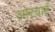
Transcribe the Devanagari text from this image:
ओरचार्ट